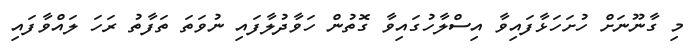
މި ގާނޫނަށް ހުށަހަޅާފައިވާ އިސްލާހުގައިވާ ގޮތުން ހަވާދުލާފައި ނުވަތަ ތަފާތު ރަހަ ލައްވާފައި